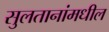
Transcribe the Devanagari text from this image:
सुलतानांमधील